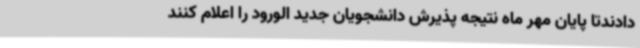
دادندتا پایان مهر ماه نتیجه پذیرش دانشجویان جدید الورود را اعلام کنند